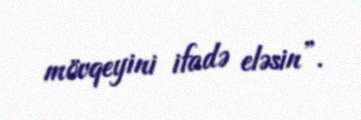
mövqeyini ifadə eləsin”.